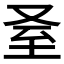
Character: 𦤵